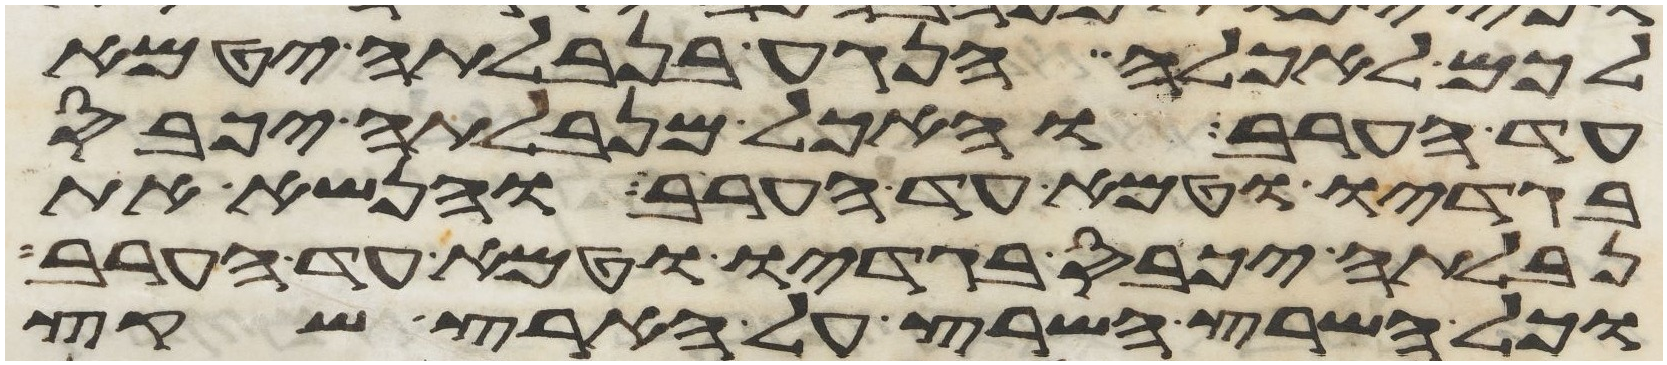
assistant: לכם לאכלה הנגע בנבלתה יטמא
עד הערב והאכל מנבלתה יכבס
בגדיו וטמא עד הערב והנשא את
נבלתה יכבס בגדיו וטמא עד הערב
וכל השרץ השרץ על הארץ שקץ